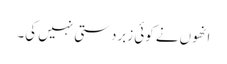
انھوں نے کوئی زبردستی نہیں کی۔